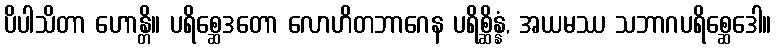
ပိပါသိတာ ဟောန္တိ။ ပရိစ္ဆေဒတော လောဟိတဘာဂေန ပရိစ္ဆိန္နံ, အယမဿ သဘာဂပရိစ္ဆေဒေါ။